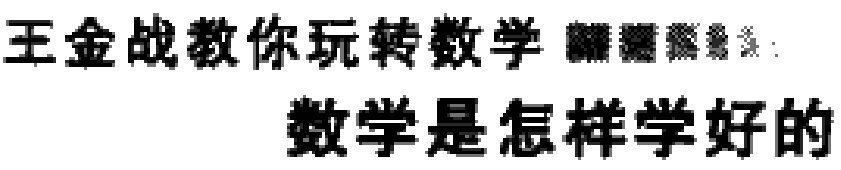
王金战教你玩转数学 解题秘笈：
数学是怎样学好的